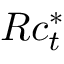
R c _ { t } ^ { * }